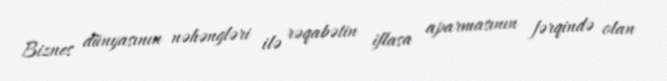
Biznes dünyasının nəhəngləri ilə rəqabətin iflasa aparmasının fərqində olan